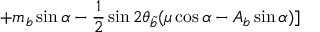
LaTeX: + m _ { b } \sin \alpha - \frac { 1 } { 2 } \sin 2 \theta _ { \widetilde { b } } ( \mu \cos \alpha - A _ { b } \sin \alpha ) ]